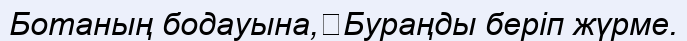
Ботаның бодауына,	Бураңды беріп жүрме.